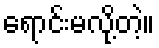
ရောင်းမလို့တဲ့။